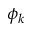
\phi _ { k }